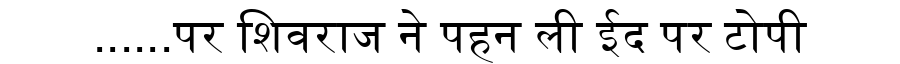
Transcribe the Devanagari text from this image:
......पर शिवराज ने पहन ली ईद पर टोपी